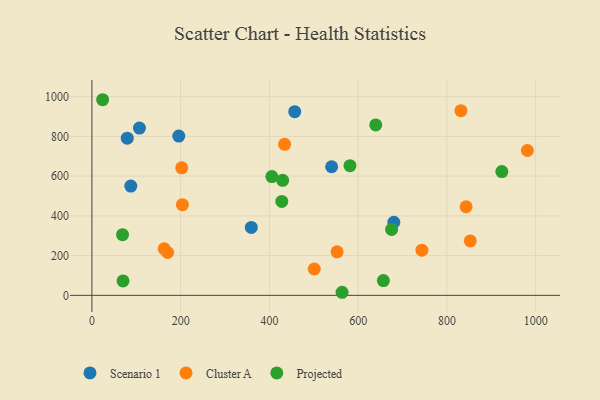
{"axis": {"x": "Speed", "y": "Sales"}, "legend": ["Cluster A", "Projected", "Scenario 1"], "data": [{"x": "107.2", "y": 841.8, "type": "Scenario 1"}, {"x": "680.4", "y": 367.9, "type": "Scenario 1"}, {"x": "87.7", "y": 550.3, "type": "Scenario 1"}, {"x": "457.1", "y": 924.4, "type": "Scenario 1"}, {"x": "540.3", "y": 647.3, "type": "Scenario 1"}, {"x": "195.8", "y": 801.7, "type": "Scenario 1"}, {"x": "79.7", "y": 791.2, "type": "Scenario 1"}, {"x": "359.3", "y": 341.9, "type": "Scenario 1"}, {"x": "552.6", "y": 218.9, "type": "Cluster A"}, {"x": "743.7", "y": 227.5, "type": "Cluster A"}, {"x": "981.4", "y": 729.1, "type": "Cluster A"}, {"x": "204.0", "y": 456.3, "type": "Cluster A"}, {"x": "831.7", "y": 929.8, "type": "Cluster A"}, {"x": "170.6", "y": 215.7, "type": "Cluster A"}, {"x": "852.7", "y": 274.2, "type": "Cluster A"}, {"x": "202.5", "y": 641.8, "type": "Cluster A"}, {"x": "501.1", "y": 132.6, "type": "Cluster A"}, {"x": "434.3", "y": 760.2, "type": "Cluster A"}, {"x": "843.3", "y": 445.9, "type": "Cluster A"}, {"x": "162.9", "y": 234.5, "type": "Cluster A"}, {"x": "70.2", "y": 72.8, "type": "Projected"}, {"x": "675.4", "y": 331.7, "type": "Projected"}, {"x": "69.1", "y": 305.4, "type": "Projected"}, {"x": "563.8", "y": 15.5, "type": "Projected"}, {"x": "639.7", "y": 857.8, "type": "Projected"}, {"x": "581.6", "y": 652.6, "type": "Projected"}, {"x": "428.0", "y": 472.7, "type": "Projected"}, {"x": "24.2", "y": 984.7, "type": "Projected"}, {"x": "429.9", "y": 578.8, "type": "Projected"}, {"x": "656.9", "y": 74.2, "type": "Projected"}, {"x": "923.9", "y": 622.9, "type": "Projected"}, {"x": "405.6", "y": 598.0, "type": "Projected"}]}